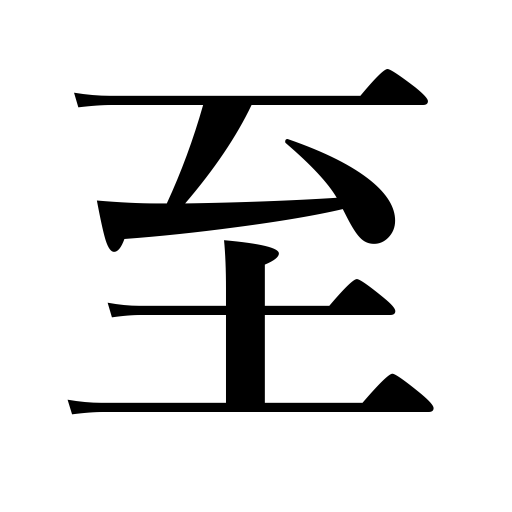
Meanings: come,arrive,result in,attain,lead to,go,reach,proceed